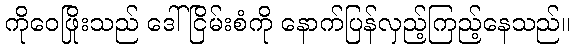
ကိုဝေဖြိုးသည် ဒေါ်ငြိမ်းစံကို နောက်ပြန်လှည့်ကြည့်နေသည်။